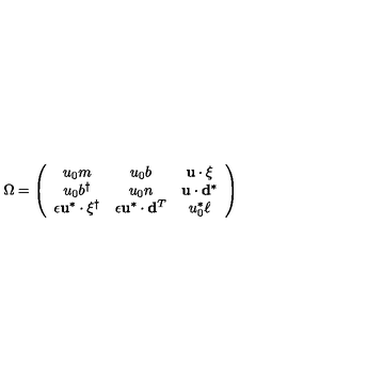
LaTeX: \Omega = \left( \begin{array} { c c c } { u _ { 0 } m } & { u _ { 0 } b } & { { \bf u } \cdot \mathrm { \boldmath \xi } } \\ { u _ { 0 } b ^ { \dag } } & { u _ { 0 } n } & { { \bf u } \cdot { \bf d } ^ { * } } \\ { \epsilon { \bf u } ^ { * } \cdot \mathrm { \boldmath \xi } ^ { \dag } } & { \epsilon { \bf u } ^ { * } \cdot { \bf d } ^ { T } } & { u _ { 0 } ^ { * } \ell } \\ \end{array} \right)